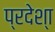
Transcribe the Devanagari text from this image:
प्रदेश्‍ा